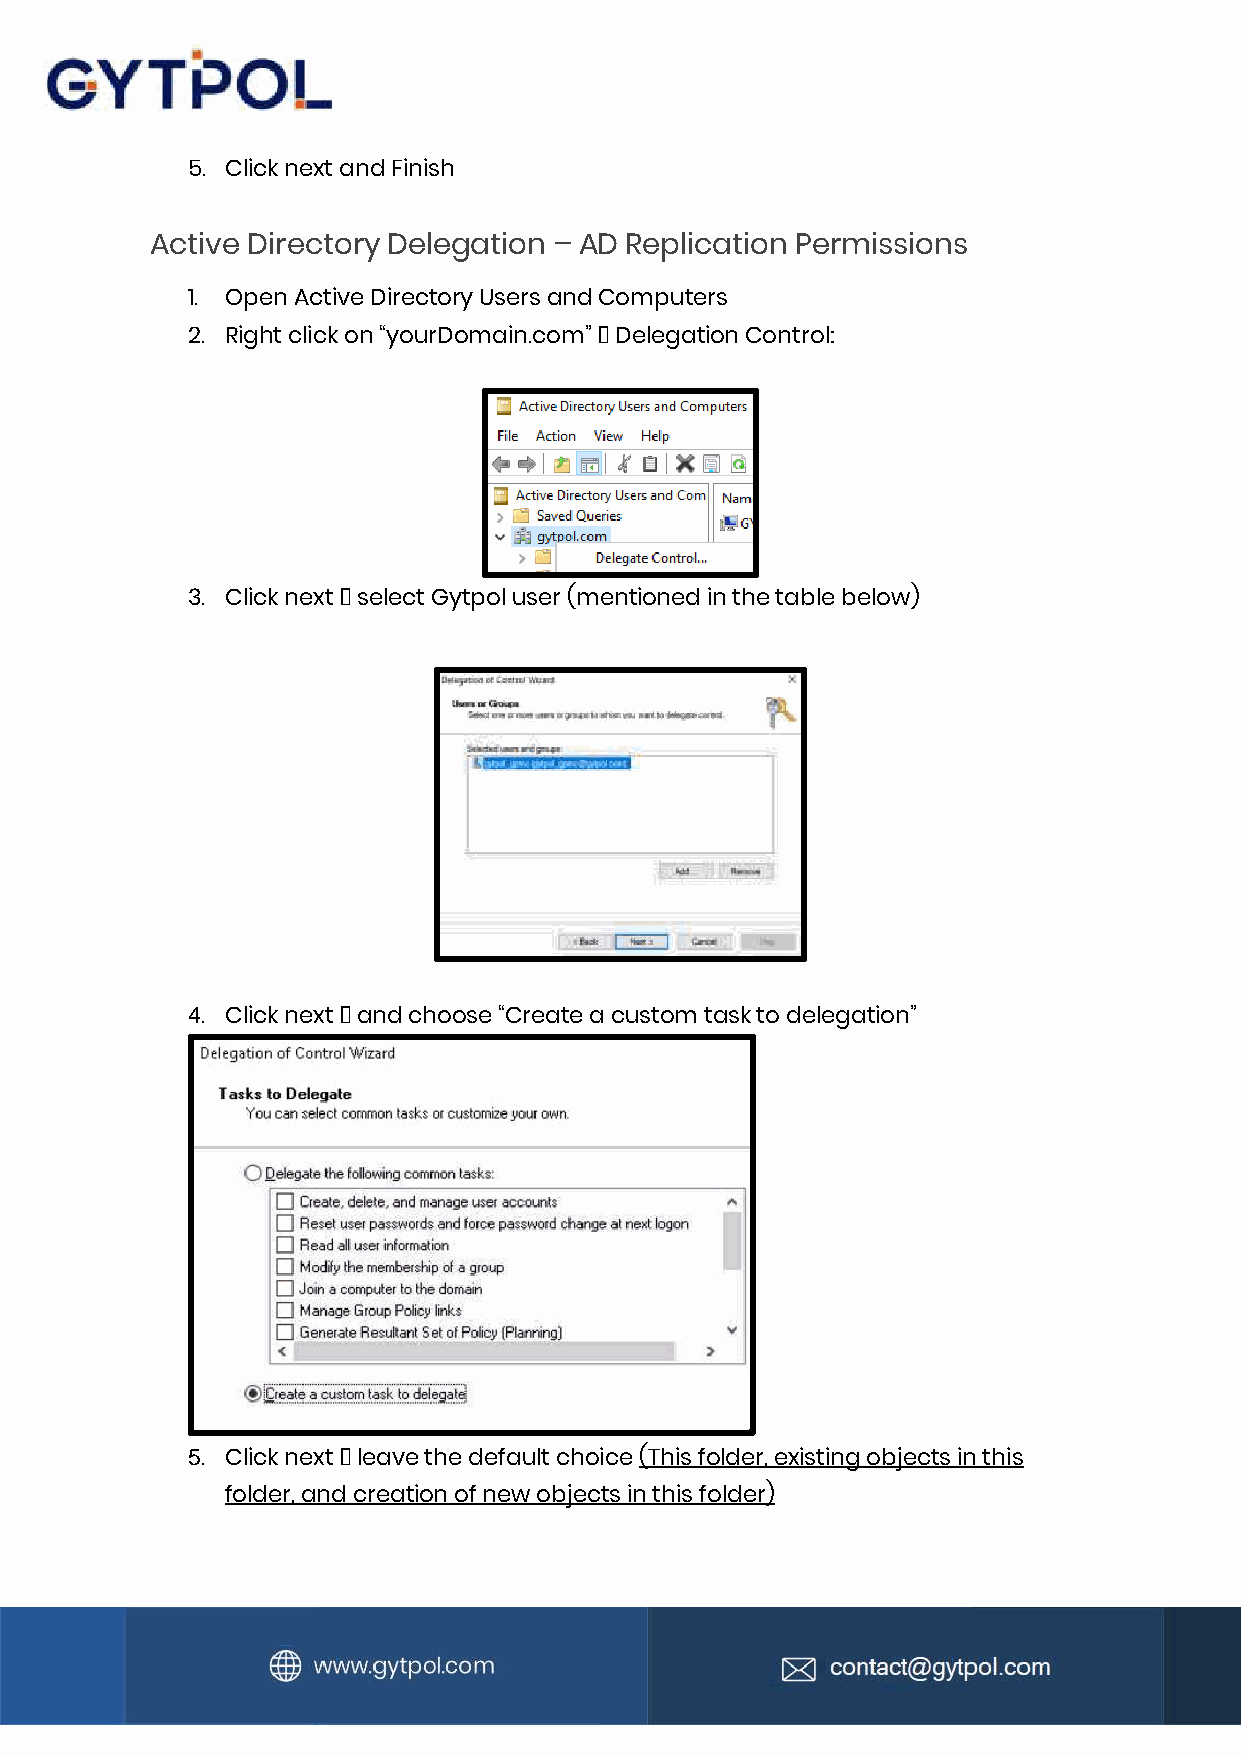
5. Click next and Finish
 Active Directory Delegation – AD Replication Permissions
 1. Open Active Directory Users and Computers
 2. Right click on “yourDomain.com” 🡪 Delegation Control:
 3. Click next 🡪 select Gytpol user (mentioned in the table below)
 4. Click next 🡪 and choose “Create a custom task to delegation”
 5. Click next 🡪 leave the default choice (This folder, existing objects in this
 folder, and creation of new objects in this folder)